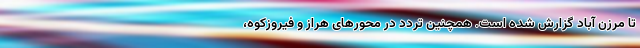
تا مرزن آباد گزارش شده است. همچنین تردد در محورهای هراز و فیروزکوه،